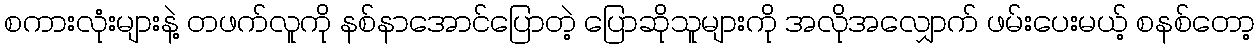
စကားလုံးများနဲ့ တဖက်လူကို နစ်နာအောင်ပြောတဲ့ ပြောဆိုသူများကို အလိုအလျှောက် ဖမ်းပေးမယ့် စနစ်တော့